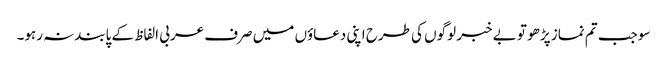
سو جب تم نماز پڑھو تو بے خبر لوگوں کی طرح اپنی دعاؤں میں صرف عربی الفاظ کے پابندنہ رہو۔